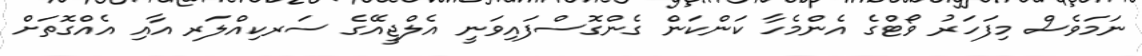
ނަމަވެސް މިފަހަރު ވޯޓްގެ އެންމެހާ ކަންކަން ގެންގޮސްފައިވަނީ އެލްޖީއޭގެ ސަރކިއްލަރ އާއި އެއްގޮތަށް